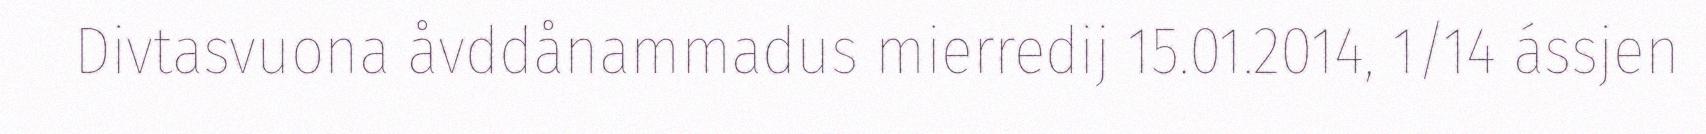
Divtasvuona åvddånammadus mierredij 15.01.2014, 1/14 ássjen